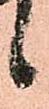
候